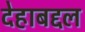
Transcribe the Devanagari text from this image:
देहाबद्दल